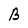
Character: B